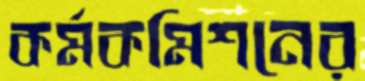
কর্মকমিশনের